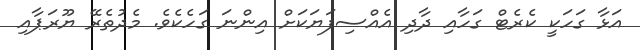
އަޅާ ގަހަކީ ކެރެޓް ގަހާއި ދާދި އެއްސިފަޔަކަށް އިންނަ ގަހެކެވެ. މެދުތެރޭ ޔޫރަޕާއި